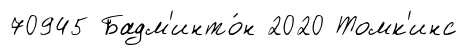
70945 Бадм'инто́н 2020 Томк'инс